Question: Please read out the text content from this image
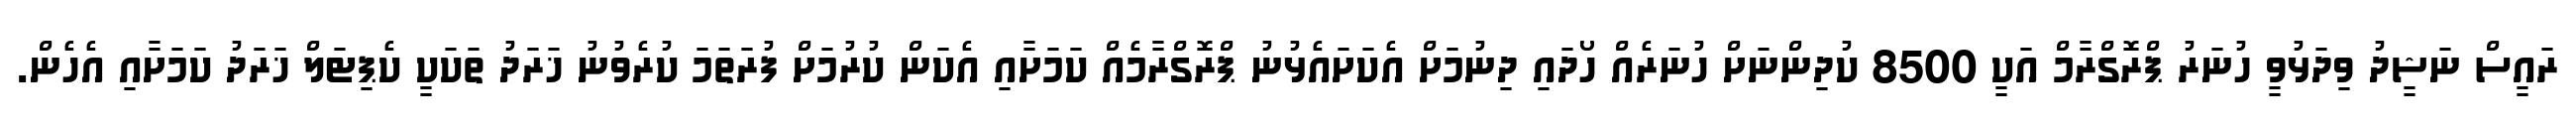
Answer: ރައީސް ނަޝީދު ވިދަޅުވީ ހުނަރު ޕްރޮގްރާމް އަކީ 8500 ކުދިންނަށް ހުނަރެއް ހޯދައި ދިނުމަށް އެކަށައެޅުނު ޕްރޮގްރާމެއް ކަމަށާއި އެކަން ކުރުމަށް ފުރަތަމަ ކުރެވުނު ޚަރަދު ތަކަކީ ކެޕިޓަލް ޚަރަދު ކަމަށާއި އެހެން.